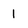
Character: 1